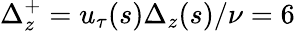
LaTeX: \Delta_{z}^{+}=u_{\tau}(s)\Delta_{z}(s)/\nu=6